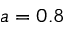
a = 0 . 8